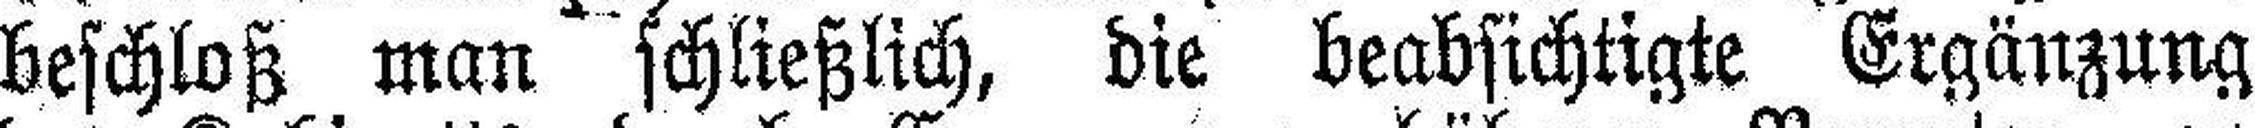
beschloß man schließlich, die beabsichtigte Ergänzung